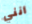
أنني